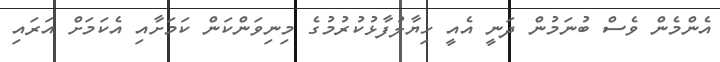
އެންމެން ވެސް ބުނަމުން ދަނީ އެއީ ހިޔާލުފާޅުކުރުމުގެ މިނިވަންކަން ކަމަށާއި އެކަމަށް އަރައި